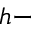
h -